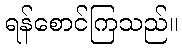
ရန်စောင်ကြသည်။